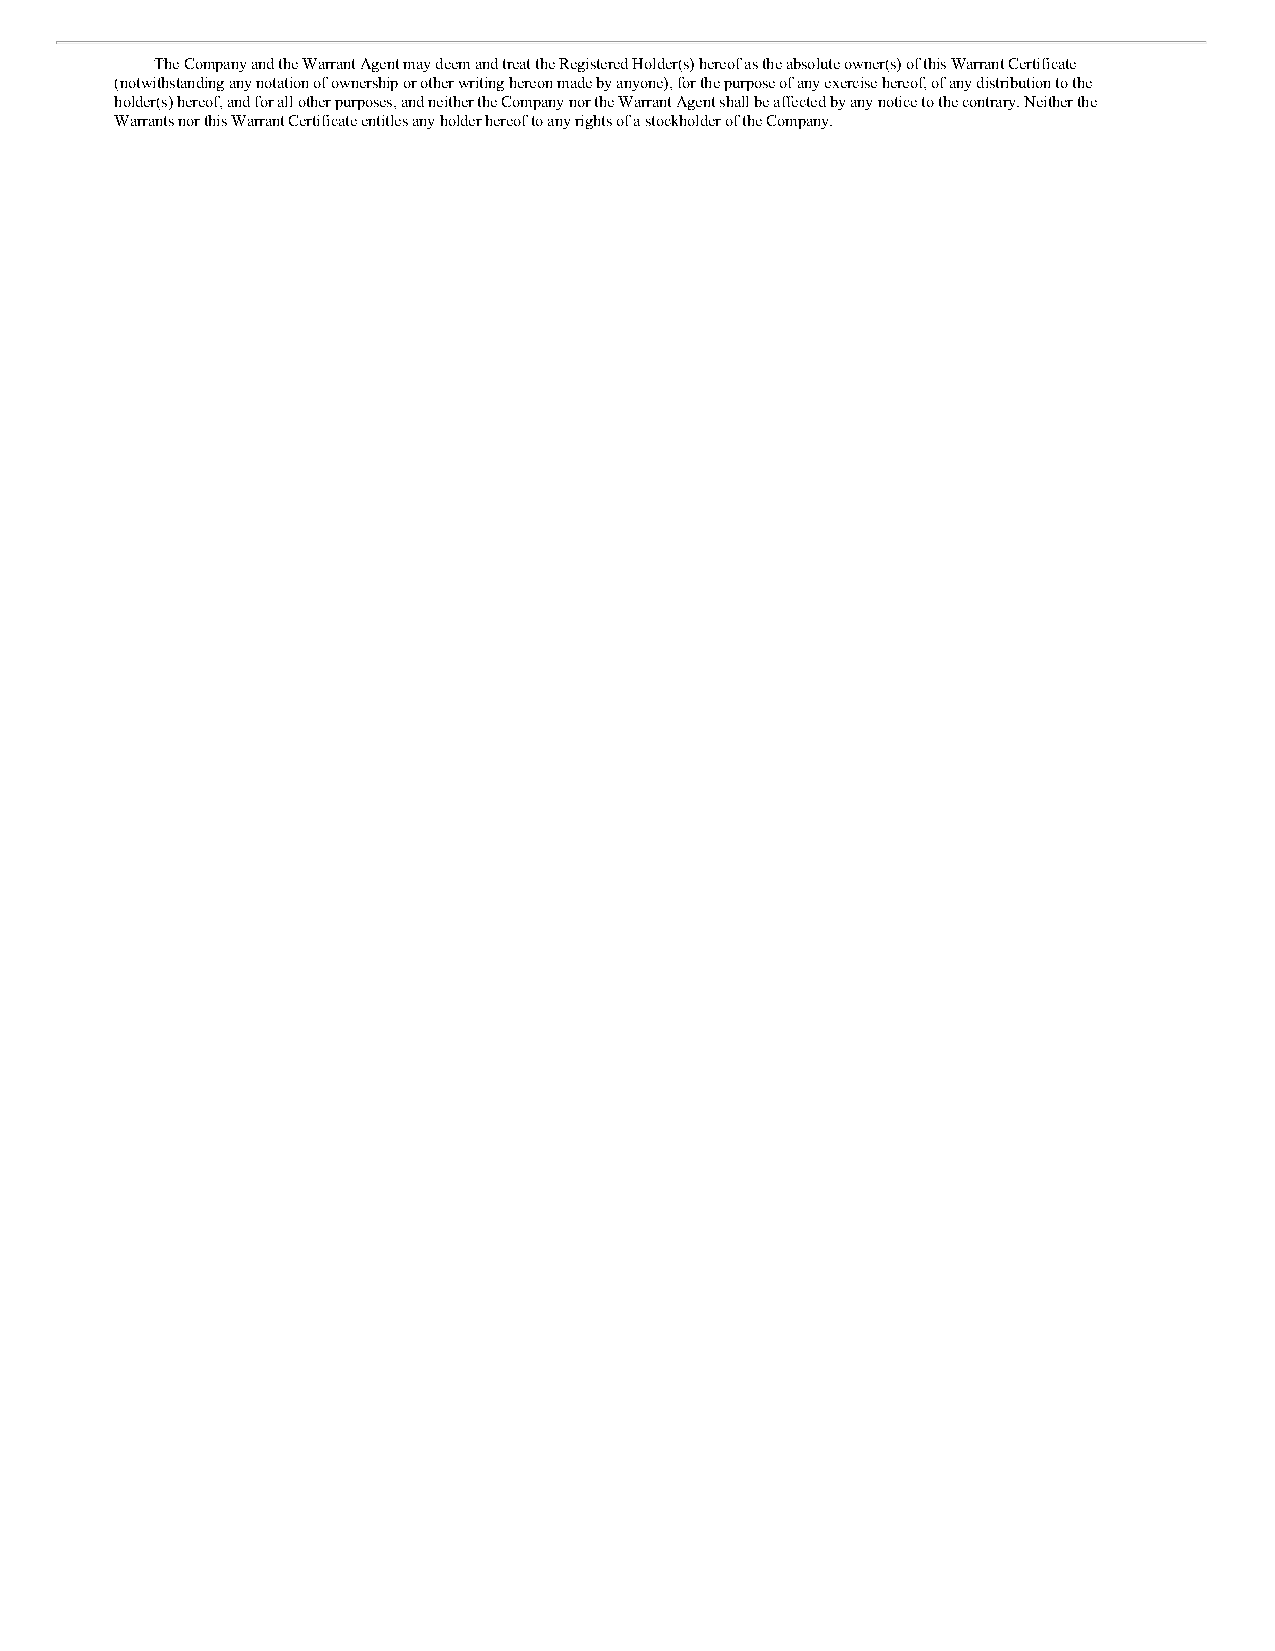
The Company and the Warrant Agent may deem and treat the Registered Holder(s) hereof as the absolute owner(s) of this Warrant Certificate
 (notwithstanding any notation of ownership or other writing hereon made by anyone), for the purpose of any exercise hereof, of any distribution to the
 holder(s) hereof, and for all other purposes, and neither the Company nor the Warrant Agent shall be affected by any notice to the contrary. Neither the
 Warrants nor this Warrant Certificate entitles any holder hereof to any rights of a stockholder of the Company.